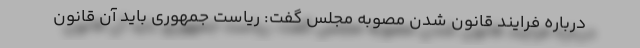
درباره فرایند قانون شدن مصوبه مجلس گفت: ریاست جمهوری باید آن قانون